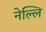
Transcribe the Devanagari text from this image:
नेल्लि